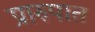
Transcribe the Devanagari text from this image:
प्रारुपात